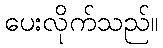
ပေးလိုက်သည်။